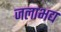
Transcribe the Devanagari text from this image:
जलाभद्य